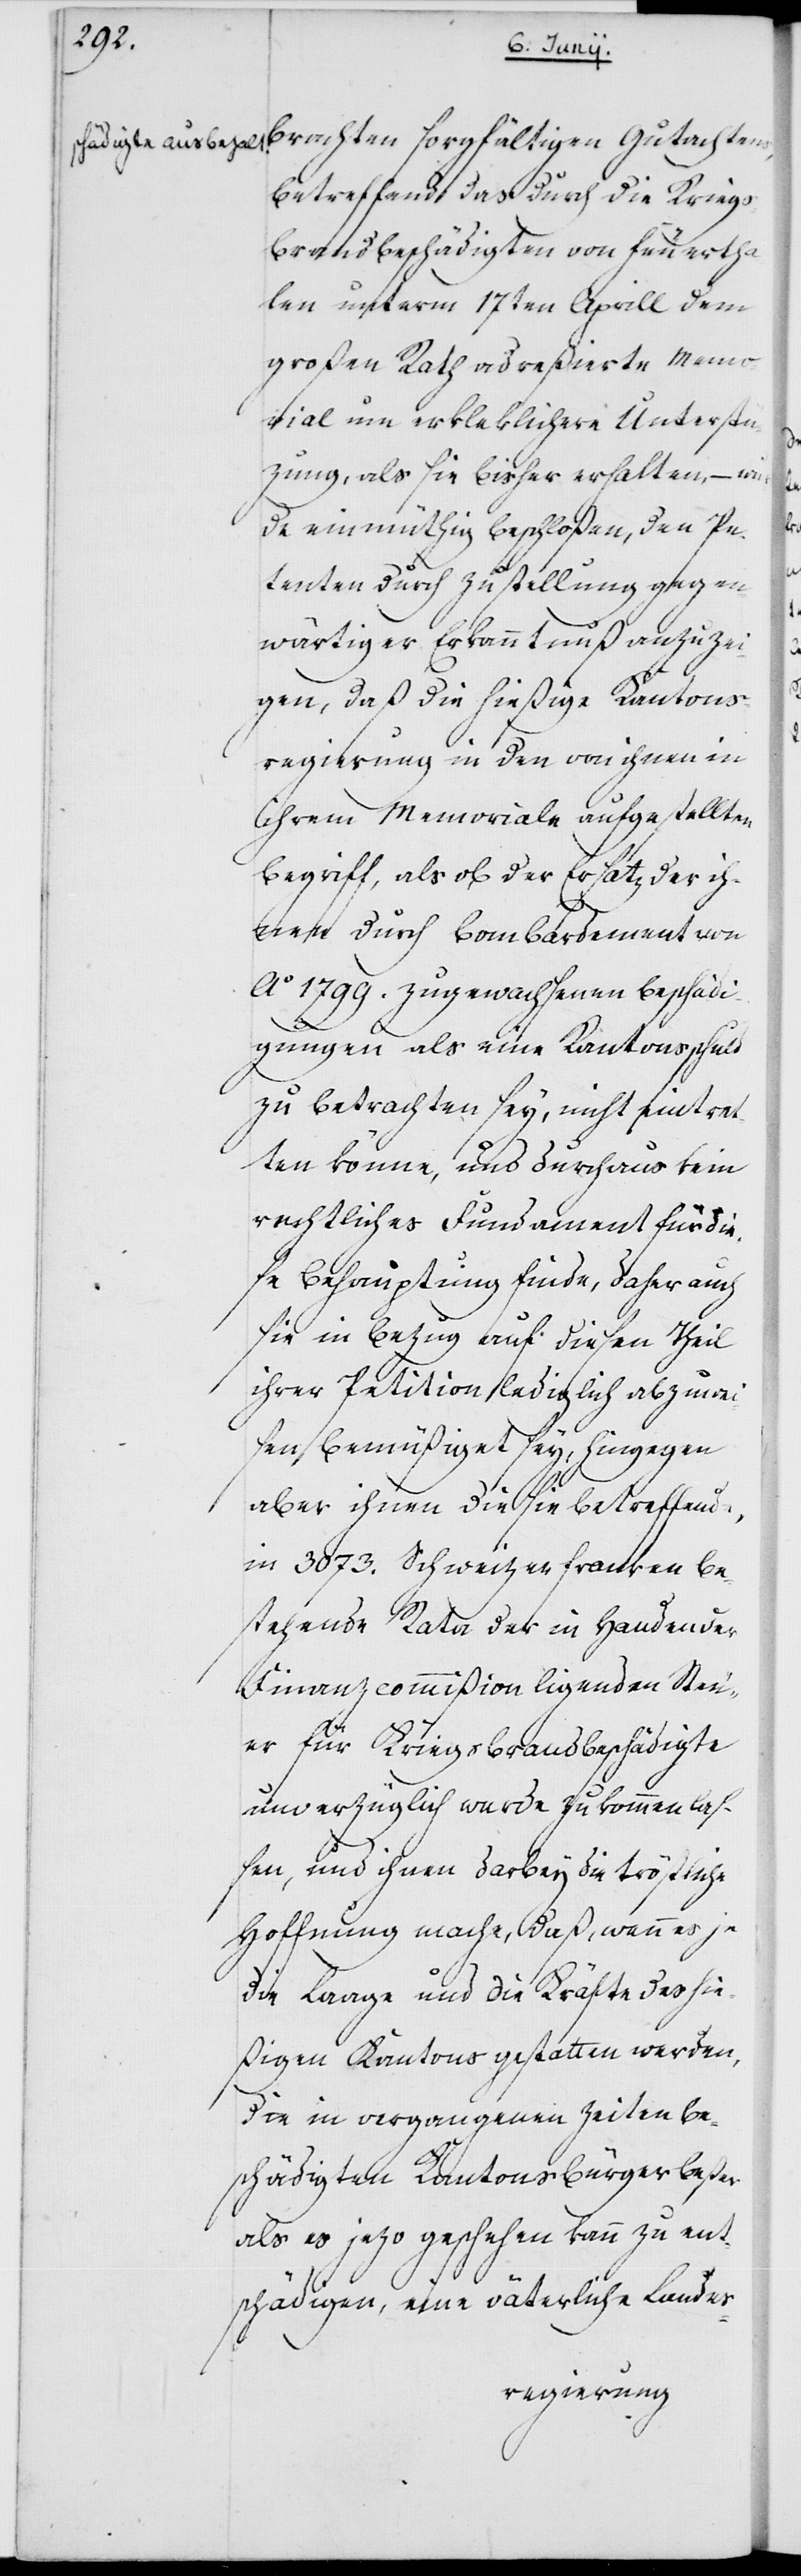
brachten sorgfältigen Gutachtens,
betreffend das durch die Krieg¬
s-Brandbeschädigten von Feuertha¬
len unterm 17ten Aprill dem
großen Rath adreßierte Memo¬
rial um erkleklichere Unterstü¬
zung, als sie bisher erhalten, – wur¬
de einmüthig beschloßen, den Pe¬
tenten durch Zustellung gegen¬
wärtiger Erkanntnuß anzuzei¬
gen, daß die hießige Kantons¬
regierung in den von ihnen in
ihrem Memoriale aufgestellten
Begriff, als ob der Ersatz der ih¬
nen durch Bombardement von
Ao 1799. zugewachsenen Beschädi¬
gungen als eine Kantonsschuld
zu betrachten sey, nicht eintret¬
ten könne, und durchaus kein
rechtliches Fundament für die¬
se Behauptung finde, daher auch
sie in Bezug auf diesen Theil
ihrer Petition lediglich abzuwei¬
sen, bemüßiget sey, hingegen
aber ihnen die sie betreffende,
in 3073. Schweizerfranken be¬
stehende Rata der in Handen der
Finanzcommißion ligenden Steu¬
er für Kriegsbrandbeschädigte
unverzüglich werde zukommen laß¬
en, und ihnen darbey die tröstliche
Hoffnung mache, daß, wann es je
die Laage und die Kräfte des hie¬
ßigen Kantons gestatten werden,
die in vergangenen Zeiten be¬
schädigten Kantonsbürger beßer
als es jetzo geschehen kann zu ent¬
schädigen, eine väterliche Landes-